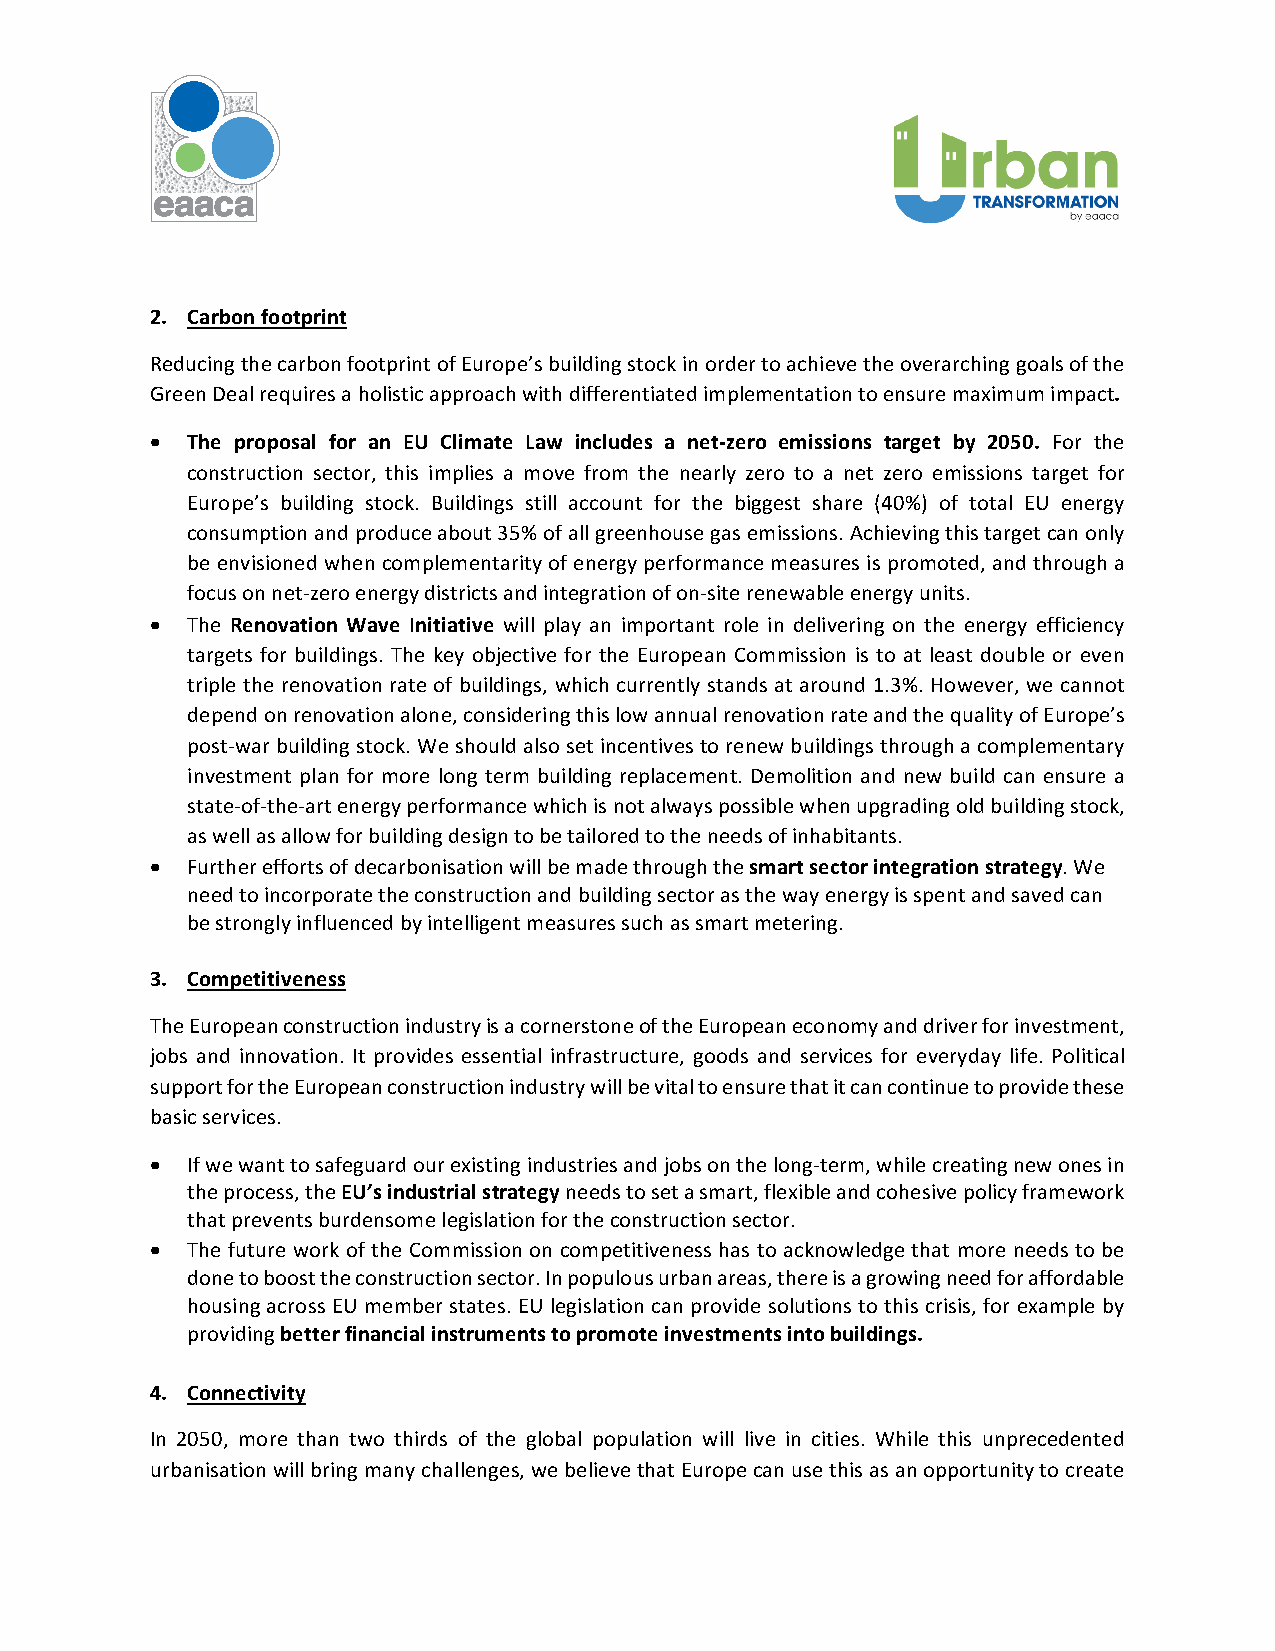
2. Carbon footprint
 Reducing the carbon footprint of Europe’s building stock in order to achieve the overarching goals of the
 Green Deal requires a holistic approach with differentiated implementation to ensure maximum impact.
 • The proposal for an EU Climate Law includes a net-zero emissions target by 2050. For the
 construction sector, this implies a move from the nearly zero to a net zero emissions target for
 Europe’s building stock. Buildings still account for the biggest share (40%) of total EU energy
 consumption and produce about 35% of all greenhouse gas emissions. Achieving this target can only
 be envisioned when complementarity of energy performance measures is promoted, and through a
 focus on net-zero energy districts and integration of on-site renewable energy units.
 • The Renovation Wave Initiative will play an important role in delivering on the energy efficiency
 targets for buildings. The key objective for the European Commission is to at least double or even
 triple the renovation rate of buildings, which currently stands at around 1.3%. However, we cannot
 depend on renovation alone, considering this low annual renovation rate and the quality of Europe’s
 post-war building stock. We should also set incentives to renew buildings through a complementary
 investment plan for more long term building replacement. Demolition and new build can ensure a
 state-of-the-art energy performance which is not always possible when upgrading old building stock,
 as well as allow for building design to be tailored to the needs of inhabitants.
 • Further efforts of decarbonisation will be made through the smart sector integration strategy. We
 need to incorporate the construction and building sector as the way energy is spent and saved can
 be strongly influenced by intelligent measures such as smart metering.
 3. Competitiveness
 The European construction industry is a cornerstone of the European economy and driver for investment,
 jobs and innovation. It provides essential infrastructure, goods and services for everyday life. Political
 support for the European construction industry will be vital to ensure that it can continue to provide these
 basic services.
 • If we want to safeguard our existing industries and jobs on the long-term, while creating new ones in
 the process, the EU’s industrial strategy needs to set a smart, flexible and cohesive policy framework
 that prevents burdensome legislation for the construction sector.
 • The future work of the Commission on competitiveness has to acknowledge that more needs to be
 done to boost the construction sector. In populous urban areas, there is a growing need for affordable
 housing across EU member states. EU legislation can provide solutions to this crisis, for example by
 providing better financial instruments to promote investments into buildings.
 4. Connectivity
 In 2050, more than two thirds of the global population will live in cities. While this unprecedented
 urbanisation will bring many challenges, we believe that Europe can use this as an opportunity to create